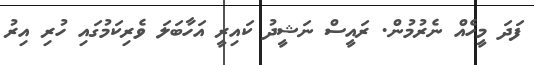
ފަދަ މީހެއް ނެރުމުން. ރައީސް ނަޝީދު ކައިރީ އަހާބަލަ ވެރިކަމުގައި ހުރި އިރު